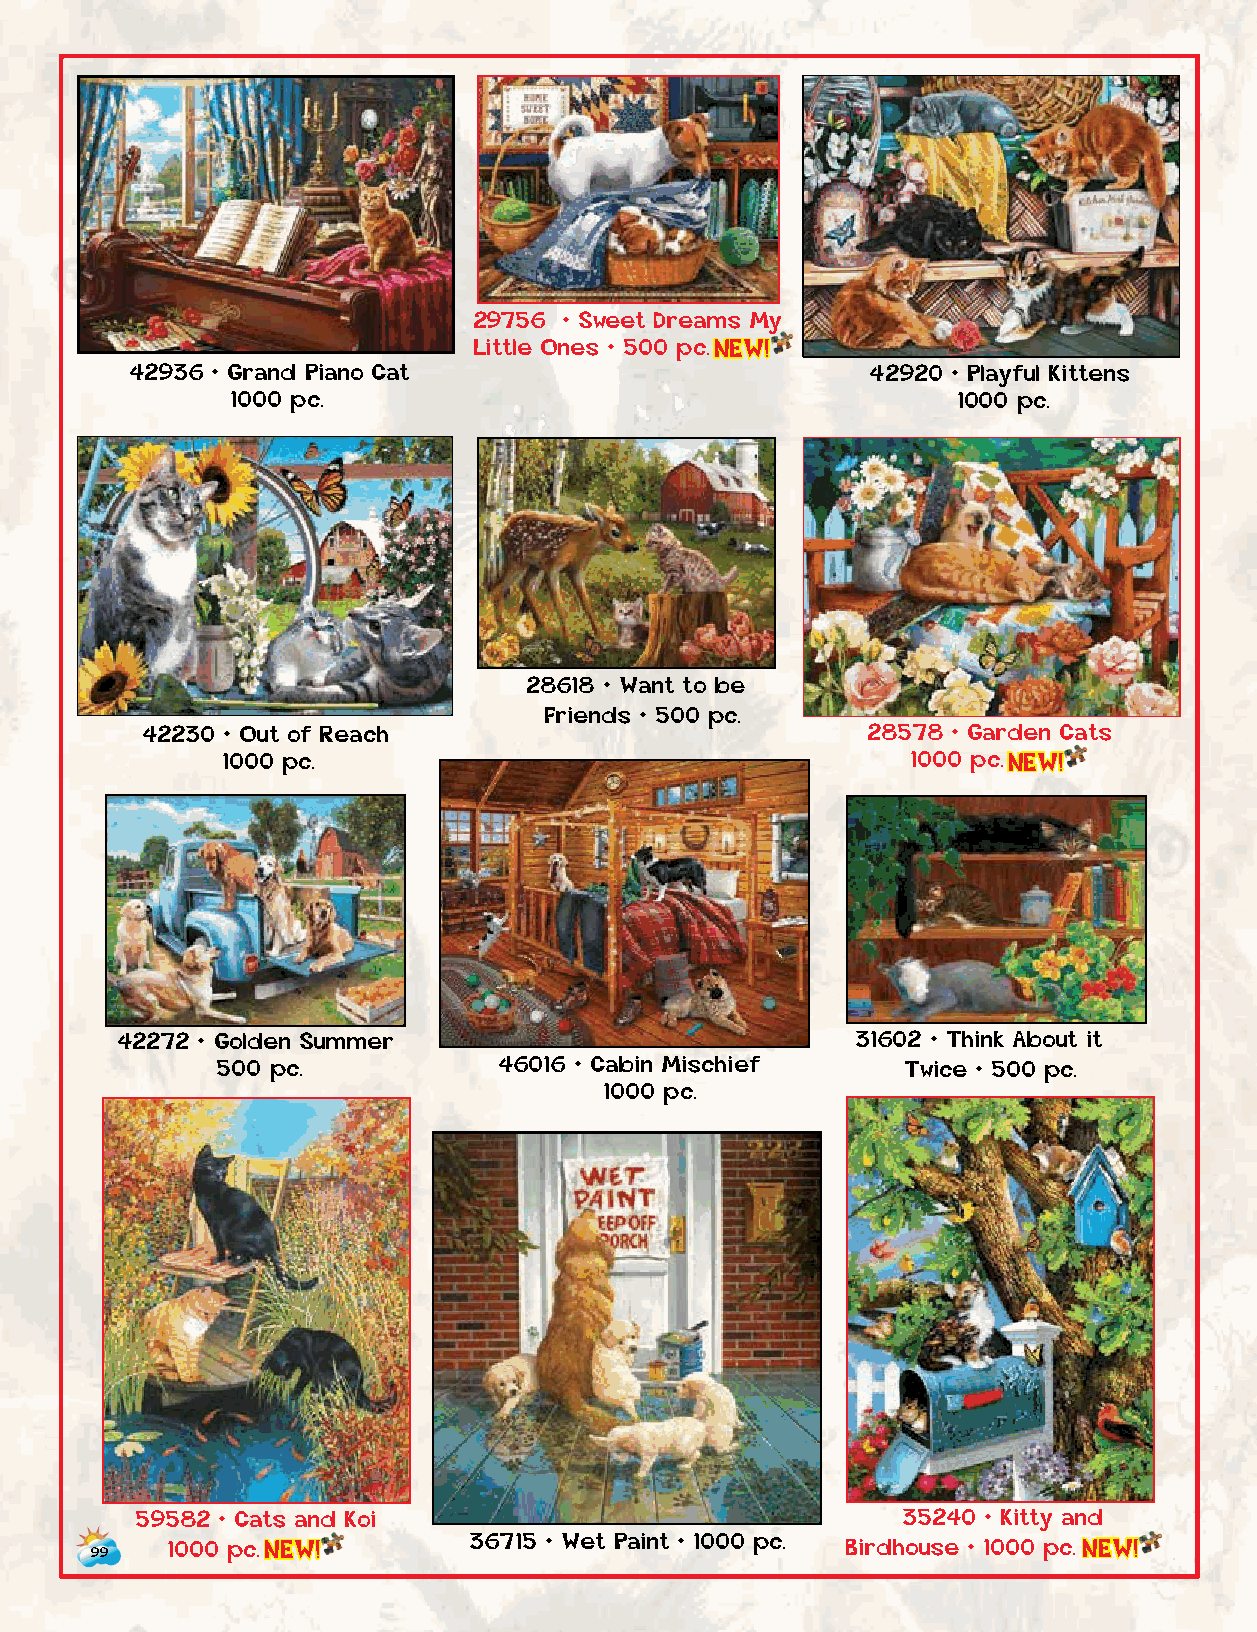
29756 • Sweet Dreams My
 Little Ones • 500 p c . NEW!
 42936 • Grand Piano Cat                          42920 • Playful Kittens
 1000 pc.                                        1000 pc.
 28618 • Want to be
 Friends • 500 pc.
 42230 • Out of Reach                            28578 • Garden Cats
 1000 pc.                                     1000 p c . NEW!
 45857 • A New Playmate
 500 pc.
 42272 • Golden Summer                            31602 • Think About it
 500 pc.            46016 • Cabin Mischief     Twice • 500 pc.
 1000 pc.
 59582 • Cats and Koi                               35240 • Kitty and
 36715 • Wet Paint • 1000 pc.
 99
 1000 p c . NEW!                              Birdhouse • 1000 p c . NEW!